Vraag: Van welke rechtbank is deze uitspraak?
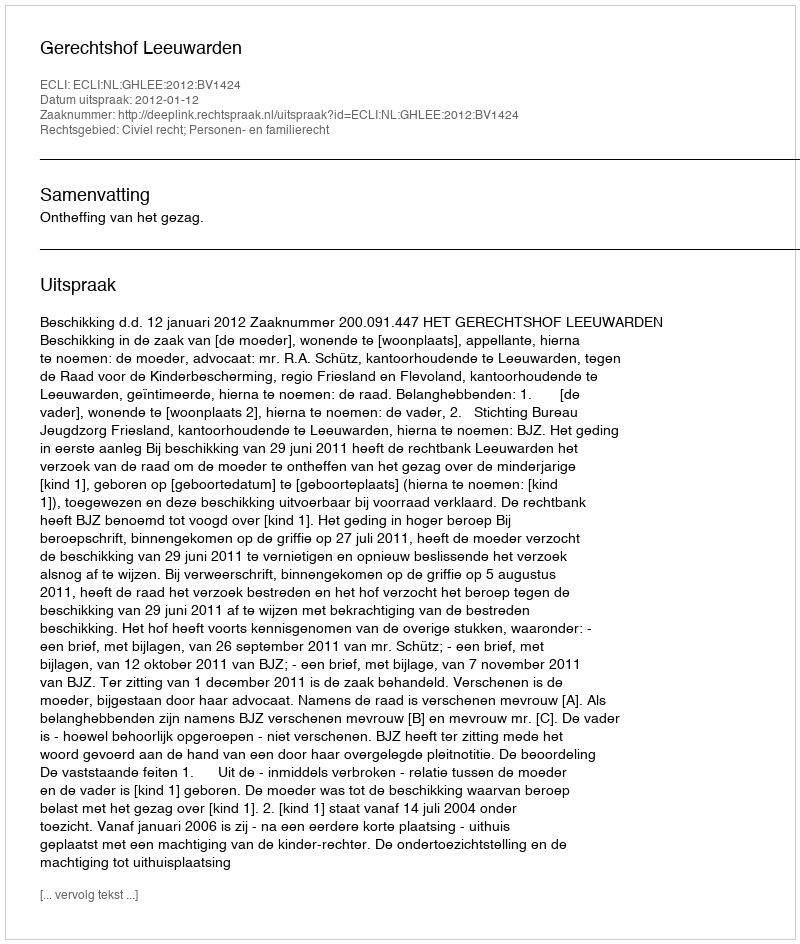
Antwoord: Gerechtshof Leeuwarden